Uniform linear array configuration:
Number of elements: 64
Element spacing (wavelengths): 0.25
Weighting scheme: blackman
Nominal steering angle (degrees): -15
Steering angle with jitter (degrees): -16.31
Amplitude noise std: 0.05
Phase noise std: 0.05

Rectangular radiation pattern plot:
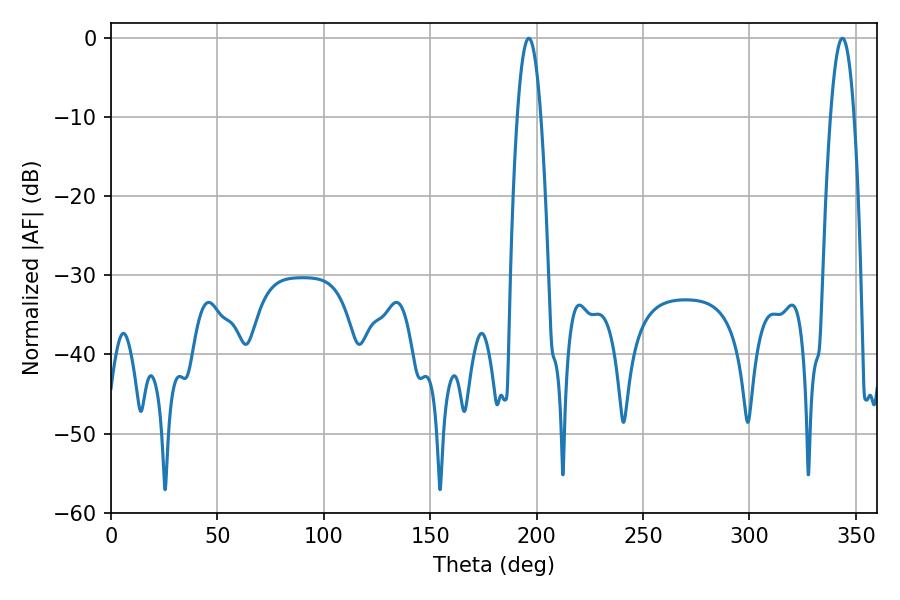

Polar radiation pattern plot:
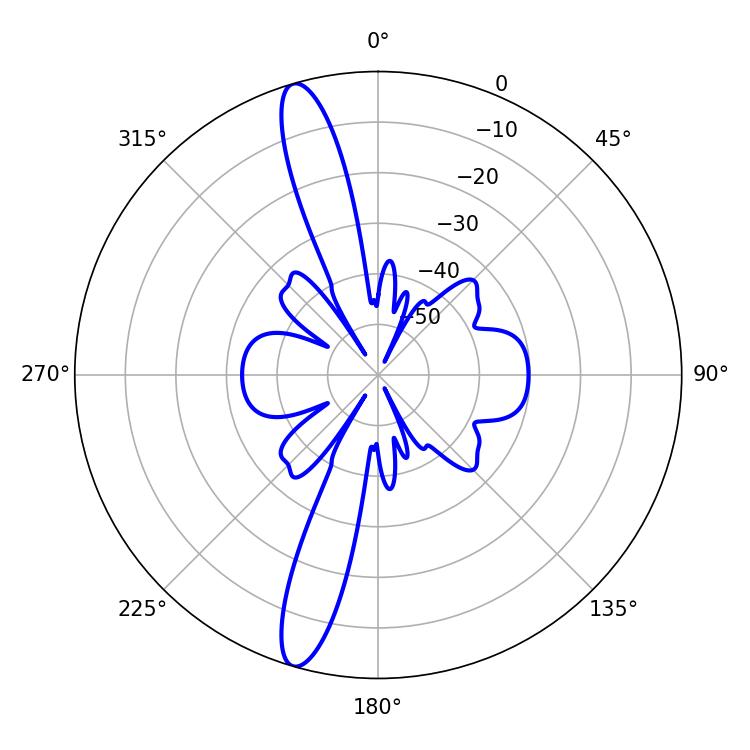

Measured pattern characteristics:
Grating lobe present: FALSE
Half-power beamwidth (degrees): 6.12
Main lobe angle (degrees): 343.62